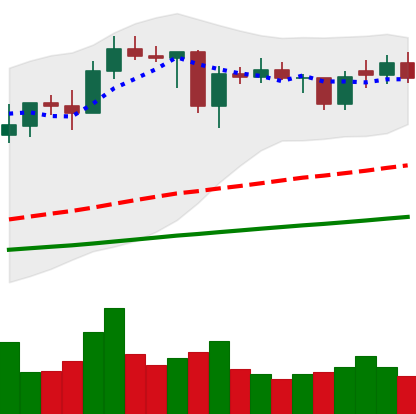
Ticker: ADA-USD
Chart end date: 2021-01-31
Forward return: 55.952%
Label: up_7plus